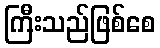
ကြီးသည်ဖြစ်စေ